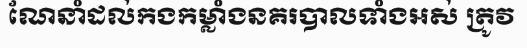
ណែនាំដល់កងកម្លាំងនគរបាលទាំងអស់ ត្រូវ